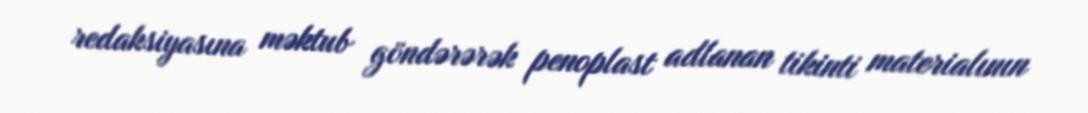
redaksiyasına məktub göndərərək penoplast adlanan tikinti materialının